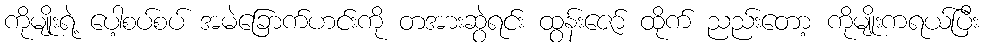
ကိုမျိုးရဲ့ ပေါ့စပ်စပ် အမဲခြောက်ဟင်းကို တအားဆွဲရင်း ထွန်းဇော် ထိုက် ညည်းတော့ ကိုမျိုးကရယ်ပြီး